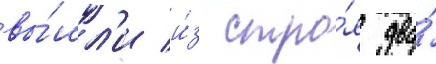
вы́шл'и и́з стро́я два́